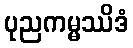
ပုညကမ္မဿိဒံ